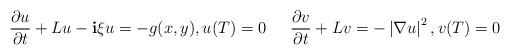
LaTeX: \begin{align*}& \frac{\partial u}{\partial t} + L u - \mathbf{i} \xi u = -g(x,y), u(T) = 0 & \frac{\partial v}{\partial t} + L v = - \left | \nabla u \right |^2, v(T) = 0\end{align*}